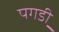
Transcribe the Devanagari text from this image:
पगडी़